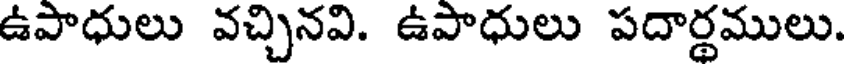
ఉపాధులు వచ్చినవి. ఉపాధులు పదార్థములు.